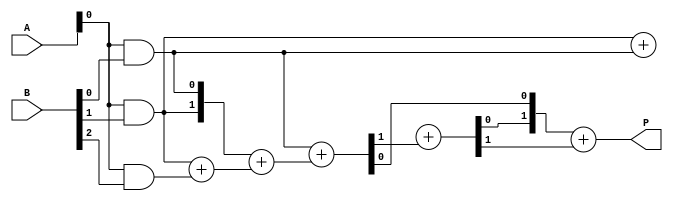
module low_power_wallace_tree_multiplier #(parameter N = 4) (
    input  wire [N-1:0] A,     // First n-bit input
    input  wire [N-1:0] B,     // Second n-bit input
    output wire [2*N-1:0] P    // Output m-bit product
);

// Step 1: Partial Product Generation
wire [N*N-1:0] partial_products;
genvar i, j;
generate
    for (i = 0; i < N; i = i + 1) begin : pp_gen
        for (j = 0; j < N; j = j + 1) begin : pp_gen_inner
            assign partial_products[i*N + j] = A[i] & B[j];
        end
    end
endgenerate

// Step 2: Wallace Tree Reduction
// The Wallace tree reduction will be done in multiple stages

// Intermediate wires for the reduction stages
wire [N:0] sum_stage1 [0:N-1]; // First stage sums
wire [N:0] carry_stage1 [0:N-1]; // First stage carries
wire [N:0] sum_stage2 [0:N-1]; // Second stage sums
wire [N:0] carry_stage2 [0:N-1]; // Second stage carries

// First stage of reduction (groups of 3)
genvar k;
generate
    for (k = 0; k < N; k = k + 1) begin : stage1
        // Assigning sum and carry from 3 inputs
        if (k % 3 == 0 && k + 2 < N) begin
            assign {carry_stage1[k], sum_stage1[k]} = partial_products[k*3 +: 3];
            assign {carry_stage1[k+1], sum_stage1[k+1]} = partial_products[k*3 + 1 +: 1] + partial_products[k*3 + 2 +: 1];
        end else if (k % 3 == 1) begin
            assign {carry_stage1[k], sum_stage1[k]} = partial_products[k +: 1] + partial_products[k-1 +: 1];
        end else if (k % 3 == 2) begin
            assign {carry_stage1[k], sum_stage1[k]} = {1'b0, partial_products[k]} + carry_stage1[k-2];
        end
    end
endgenerate

// Second stage of reduction (groups of 2)
generate
    for (k = 0; k < N; k = k + 2) begin : stage2
        assign {carry_stage2[k], sum_stage2[k]} = sum_stage1[k] + sum_stage1[k+1];
    end
endgenerate

// Step 3: Final Addition
// Final addition of the last two rows using a carry lookahead adder or a similar structure
wire [2*N-1:0] final_sum;
wire [2*N-1:0] final_carry;

assign {final_carry[0], final_sum[0]} = partial_products[0] + sum_stage2[0];
assign {final_carry[1], final_sum[1]} = sum_stage2[1] + final_carry[0];
assign P = final_sum + final_carry[1];

// Output stage
endmodule